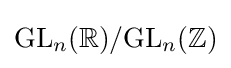
\mathrm {GL} _{n}(\mathbb {R} )/\mathrm {GL} _{n}(\mathbb {Z} )